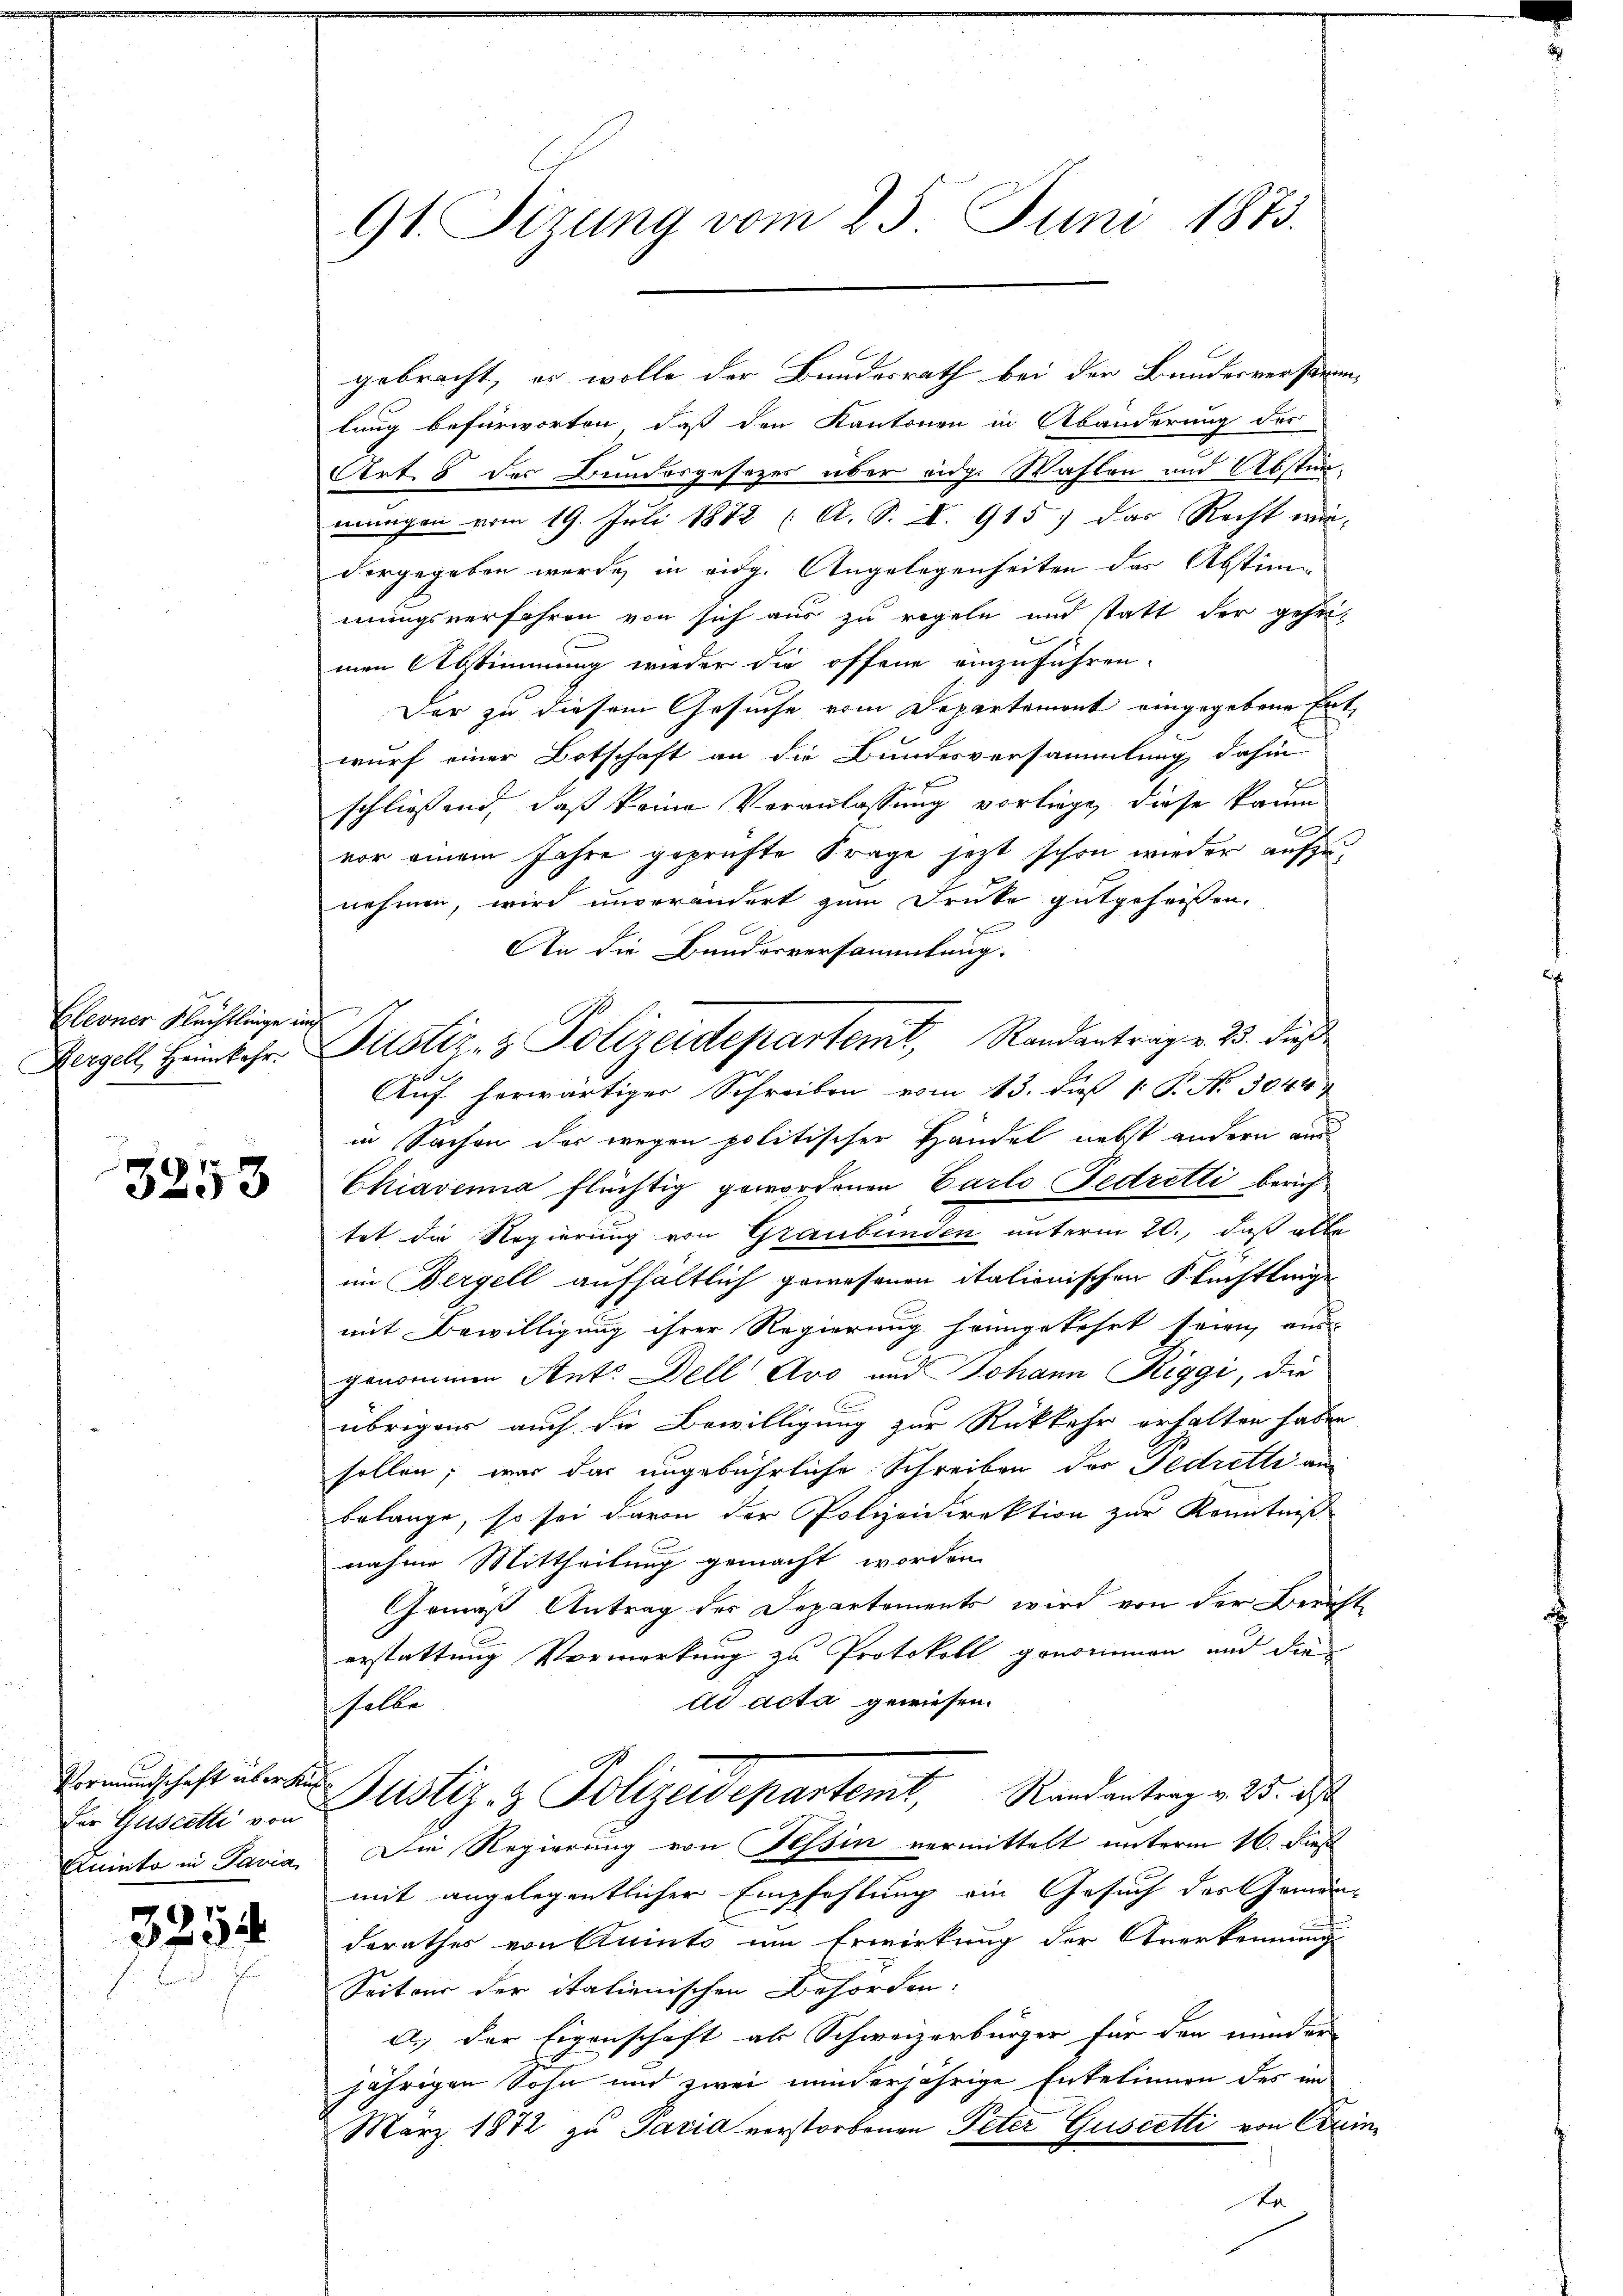
Glerner Flechtlinge
Dergell Heimkehr.

f

3253

Vormundschaft über Auf

3254

91. Sizung vom 25. Juni 1873.

gebracht, er wolle der Bundesrath bei der Bundesverstre
lung befürworten, daß den Kantonen in Abänderung der
Art. 8 des Bundesgesezes über eidg. Wahlen und Abstänmungen vom 19. Juli 1872 (A. S. I. 915; das Recht wir-
vorgegeben werde, in eidg. Angelegenheiten das Abstimmungsverfahren von sich aus zu regeln und statt der gehei-
men Abstimmung wieder die offene einzuführen.
Der zu diesem Gesuche vom Departement eingegebene Entwurf einer Botschaft an die Bundesversammlung dahin
schliessend, daß keine Veranlassung vorliege, diese kaum
e
vor einem Jahre geprüfte Frage jetzt schon wieder aufzunehmen, wird unverändert zum Druke gutgeheissen.
 x
An die Bauderversammlung.
Auf herwärtiger Schreiben vom 13. dieß 1 P. Nr. 3044
in Sachen des wegen politischer Händel nebst andern aus¬
Chiavenia flüchtig gewordenen Carlo Fedretti berichtet die Regierung von Graubünden unterm 20., daß alle
im Bergell aufhältlich gewesenen italienischen Stüchtlinge
mit Bewilligung ihrer Regierung heimgekehrt seien, aus
genommen Ant. Dell Avo und Johann Riggi, die
übriger auch die Bewilligung zur Rückkehr erhalten haben
sollen; war das ungebührliche Schreiben der Fedretti an
belange, so sei davon der Polizeidirektion zur Kenntniß
nahme Mittheilung gemacht worden.
Gemäß Antrag des Departements wird von der Züricherstattung Vormerkung zu Protokoll genommen und die
ad acta gewiesen.
helbe
Der Guser Justiz- & Polizeidepartemt, Randantrag v. 25. ds
Quinto in Pavia. Die Regierung von Tessin vermittelt unterm 16. dieß
mit angelegentlicher Empfehlung ein Gesuch des Gemein-
derathes von Quinte um Erwirkung der Anerkennung
Seiteur der italienischen Behörden:
d.) Der Eigenschaft als Schweizerbürger für den minder
jährigen Sohn und zwei minderjährige Entelinnen des in
März 1872 zu Paria verstorbenen Peter Guscetti von Quintr

r

Justiz- & Polizeidepartemt, Randantrag v. 23. dies